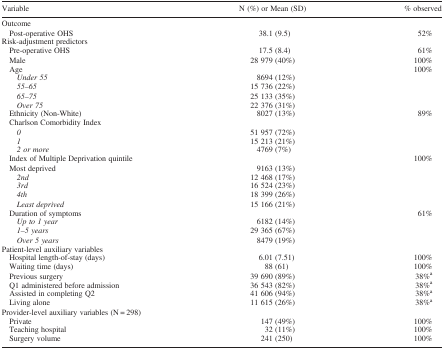
<table><thead><tr><td><b>Variable</b></td><td><b>N (%) or Mean (SD)</b></td><td><b>% observed</b></td></tr></thead><tbody><tr><td>Outcome</td><td></td><td></td></tr><tr><td>Post‐operative OHS</td><td>38.1 (9.5)</td><td>52%</td></tr><tr><td>Risk‐adjustment predictors</td><td></td><td></td></tr><tr><td>Pre‐operative OHS</td><td>17.5 (8.4)</td><td>61%</td></tr><tr><td>Male</td><td>28 979 (40%)</td><td>100%</td></tr><tr><td>Age</td><td></td><td>100%</td></tr><tr><td><i>Under 55</i></td><td>8694 (12%)</td><td></td></tr><tr><td><i>55–65</i></td><td>15 736 (22%)</td><td></td></tr><tr><td><i>65–75</i></td><td>25 133 (35%)</td><td></td></tr><tr><td><i>Over 75</i></td><td>22 376 (31%)</td><td></td></tr><tr><td>Ethnicity (Non‐White)</td><td>8027 (13%)</td><td>89%</td></tr><tr><td>Charlson Comorbidity Index</td><td></td><td></td></tr><tr><td><i>0</i></td><td>51 957 (72%)</td><td></td></tr><tr><td><i>1</i></td><td>15 213 (21%)</td><td></td></tr><tr><td><i>2 or more</i></td><td>4769 (7%)</td><td></td></tr><tr><td>Index of Multiple Deprivation quintile</td><td></td><td>100%</td></tr><tr><td>Most deprived</td><td>9163 (13%)</td><td></td></tr><tr><td><i>2nd</i></td><td>12 468 (17%)</td><td></td></tr><tr><td><i>3rd</i></td><td>16 524 (23%)</td><td></td></tr><tr><td><i>4th</i></td><td>18 399 (26%)</td><td></td></tr><tr><td><i>Least deprived</i></td><td>15 166 (21%)</td><td></td></tr><tr><td>Duration of symptoms</td><td></td><td>61%</td></tr><tr><td><i>Up to 1 year</i></td><td>6182 (14%)</td><td></td></tr><tr><td><i>1–5 years</i></td><td>29 365 (67%)</td><td></td></tr><tr><td><i>Over 5 years</i></td><td>8479 (19%)</td><td></td></tr><tr><td>Patient‐level auxiliary variables</td><td></td><td></td></tr><tr><td>Hospital length‐of‐stay (days)</td><td>6.01 (7.51)</td><td>100%</td></tr><tr><td>Waiting time (days)</td><td>88 (61)</td><td>100%</td></tr><tr><td>Previous surgery</td><td>39 690 (89%)</td><td>38%a</td></tr><tr><td>Q1 administered before admission</td><td>36 543 (82%)</td><td>38%a</td></tr><tr><td>Assisted in completing Q2</td><td>41 606 (94%)</td><td>38%a</td></tr><tr><td>Living alone</td><td>11 615 (26%)</td><td>38%a</td></tr><tr><td>Provider‐level auxiliary variables (N = 298)</td><td></td><td></td></tr><tr><td>Private</td><td>147 (49%)</td><td>100%</td></tr><tr><td>Teaching hospital</td><td>32 (11%)</td><td>100%</td></tr><tr><td>Surgery volume</td><td>241 (250)</td><td>100%</td></tr></tbody></table>